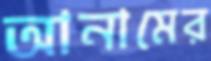
আনামের